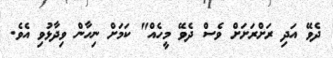
ދެވޭ އަދި ރަށްރަށަށް ވެސް ދެވޭ މީހެއް" ކަމަށް ނިހާން ވިދާޅުވި އެވެ.